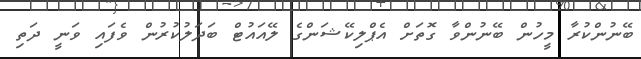
ބޭނުންކުރާ މީހުން ބޭނުންވާ ގޮތަށް އެޕްލިކޭޝަންގެ ލޭއައުޓް ބަދަލުކުރުން ވެފައި ވަނީ ދަތި